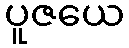
ပူဇယေ